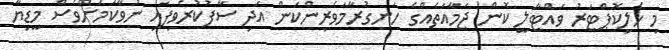
މި ހެލިކޮޕްޓަރު ވައްޓާލީ ކޮން ޖަމާއަތެއްގެ ހަނގުރާމަވެރިންކަން އަދި ސާފުކުރެވިފައި ނުވާކަމަށްވެސް މީޑިޔާ